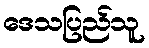
ဒေသပြည်သူ